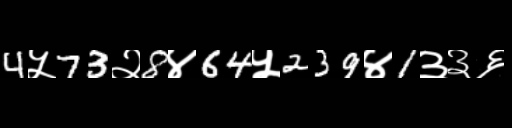
Text: 4५73२8४64५239४1३३६